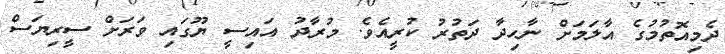
ދެމިއޮތުމުގެ އާލަމަށް ނާހިދާ ދަތުރު ކުރީއެވެ. މުރާދު އައިސީ ޔޫގައި ވަރަށް ސީރިޔަސް